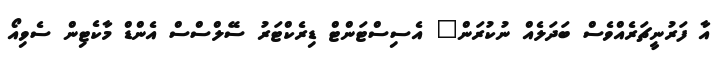
އާ ފަރުނީޗަރެއްވެސް ބަދަލެއް ނުކުރަން" އެސިސްޓަންޓް ޑިރެކްޓަރު ސޭލްސްސް އެންޑް މާކެޓިން ސެވިއޯ